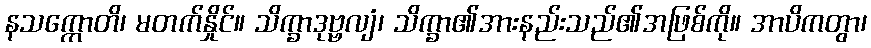
နသက္ကောတိ၊ မတက်နှိုင်။ သိက္ခာဒုဗ္ဗလျံ၊ သိက္ခာ၏အားနည်းသည်၏အဖြစ်ကို။ အာပိကတွာ၊